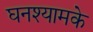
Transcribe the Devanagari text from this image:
घनश्यामके